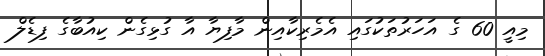
މިއީ 60 ގެ އަހަރުތަކުގައި އެމެރިކާއިން މާފިޔާ އާ ގުޅިގެން ކިއުބާގެ ފިޑެލް